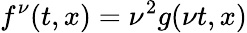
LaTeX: f^{\nu}(t,x)=\nu^{2}g(\nu t,x)